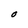
Character: O